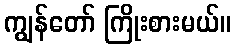
ကျွန်တော် ကြိုးစားမယ်။